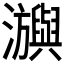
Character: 𤄕